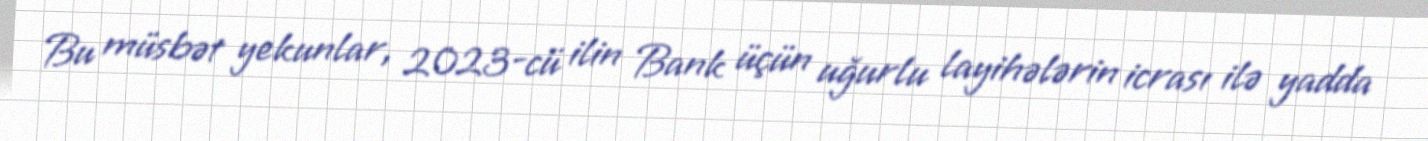
Bu müsbət yekunlar, 2023-cü ilin Bank üçün uğurlu layihələrin icrası ilə yadda